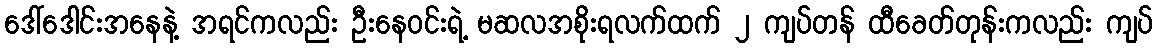
ဒေါ်ဒေါင်းအနေနဲ့ အရင်ကလည်း ဦးနေဝင်းရဲ့ မဆလအစိုးရလက်ထက် ၂ ကျပ်တန် ထီခေတ်တုန်းကလည်း ကျပ်